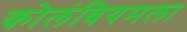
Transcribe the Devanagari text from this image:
कोलंबियमला